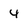
Character: 4